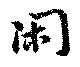
閑